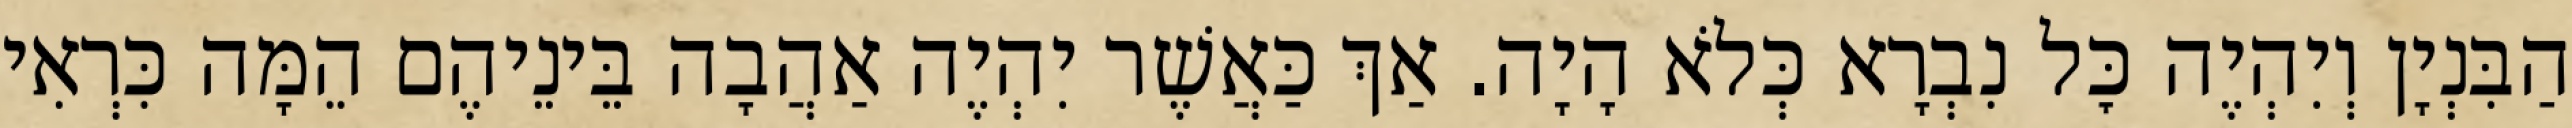
הַבִּנְיָן וְיִהְיֶה כׇּל נִבְרָא כְּלֹא הָיָה. אַךְ כַּאֲשֶׁר יִהְיֶה אַהֲבָה בֵּינֵיהֶם הֵמָּה כִּרְאִי